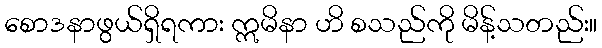
စောဒနာဖွယ်ရှိရကား ဣမိနာ ဟိ စသည်ကို မိန့်သတည်း။